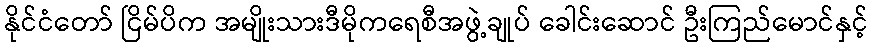
နိုင်ငံတော် ငြိမ်ပိက အမျိုးသားဒီမိုကရေစီအဖွဲ့ချုပ် ခေါင်းဆောင် ဦးကြည်မောင်နှင့်